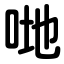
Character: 哋